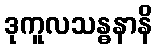
ဒုကူလသန္ဓနာနိ